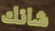
شانك